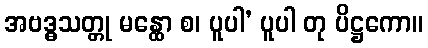
အဗဒ္ဓသတ္တု မန္ထော စ၊ ပူပါ’ ပူပါ တု ပိဋ္ဌကော။